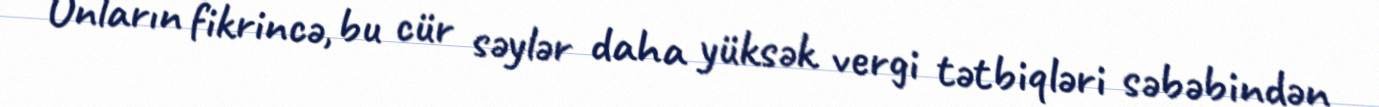
Onların fikrincə, bu cür səylər daha yüksək vergi tətbiqləri səbəbindən